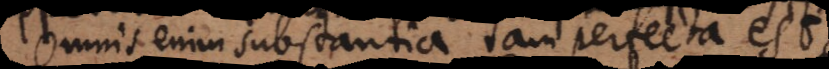
Omnis enim substantia tam perfecta est